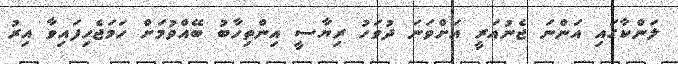
ލަންކާގައި އަންނަ ޖެނުއަރީ އަށްވަނަ ދުވަހު ރިޔާސީ އިންތިހާބު ބޭއްވުމަށް ހަމަޖެހިފައިވާ އިރު